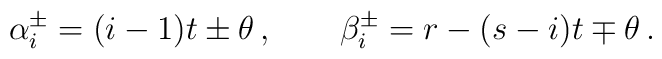
\alpha^\pm_i=(i-1)t \pm \theta\,,\qquad  \beta^\pm_i=r - (s-i)t \mp \theta\,.